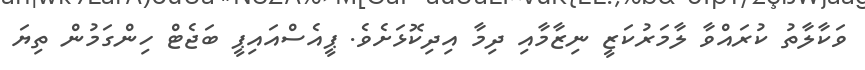
ވަކާލާތު ކުރައްވާ ލާމަރުކަޒީ ނިޒާމާއި ދިމާ އިދިކޮޅަށެވެ. ޕީއެސްއައިޕީ ބަޖެޓް ހިންގަމުން ތިޔަ